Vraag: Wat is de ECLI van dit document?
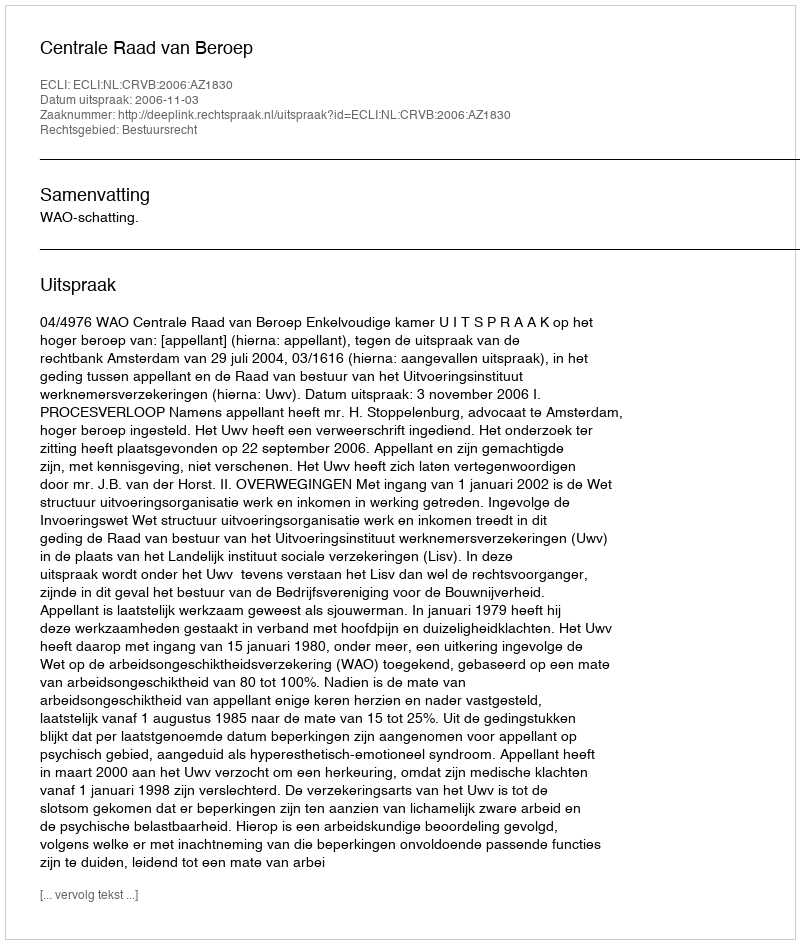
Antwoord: ECLI:NL:CRVB:2006:AZ1830